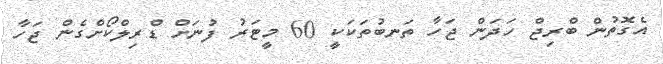
އެގޮތުން ބްރިޖް ހަދަން ޖަހާ ތަނބުތަކަކީ 60 މީޓަރު ފުނަށް ޑްރިލްކޯށްގެން ޖަހާ